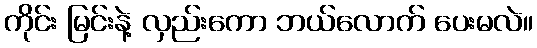
ကိုင်း မြင်းနဲ့ လှည်းကော ဘယ်လောက် ပေးမလဲ။